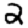
Digit: 2